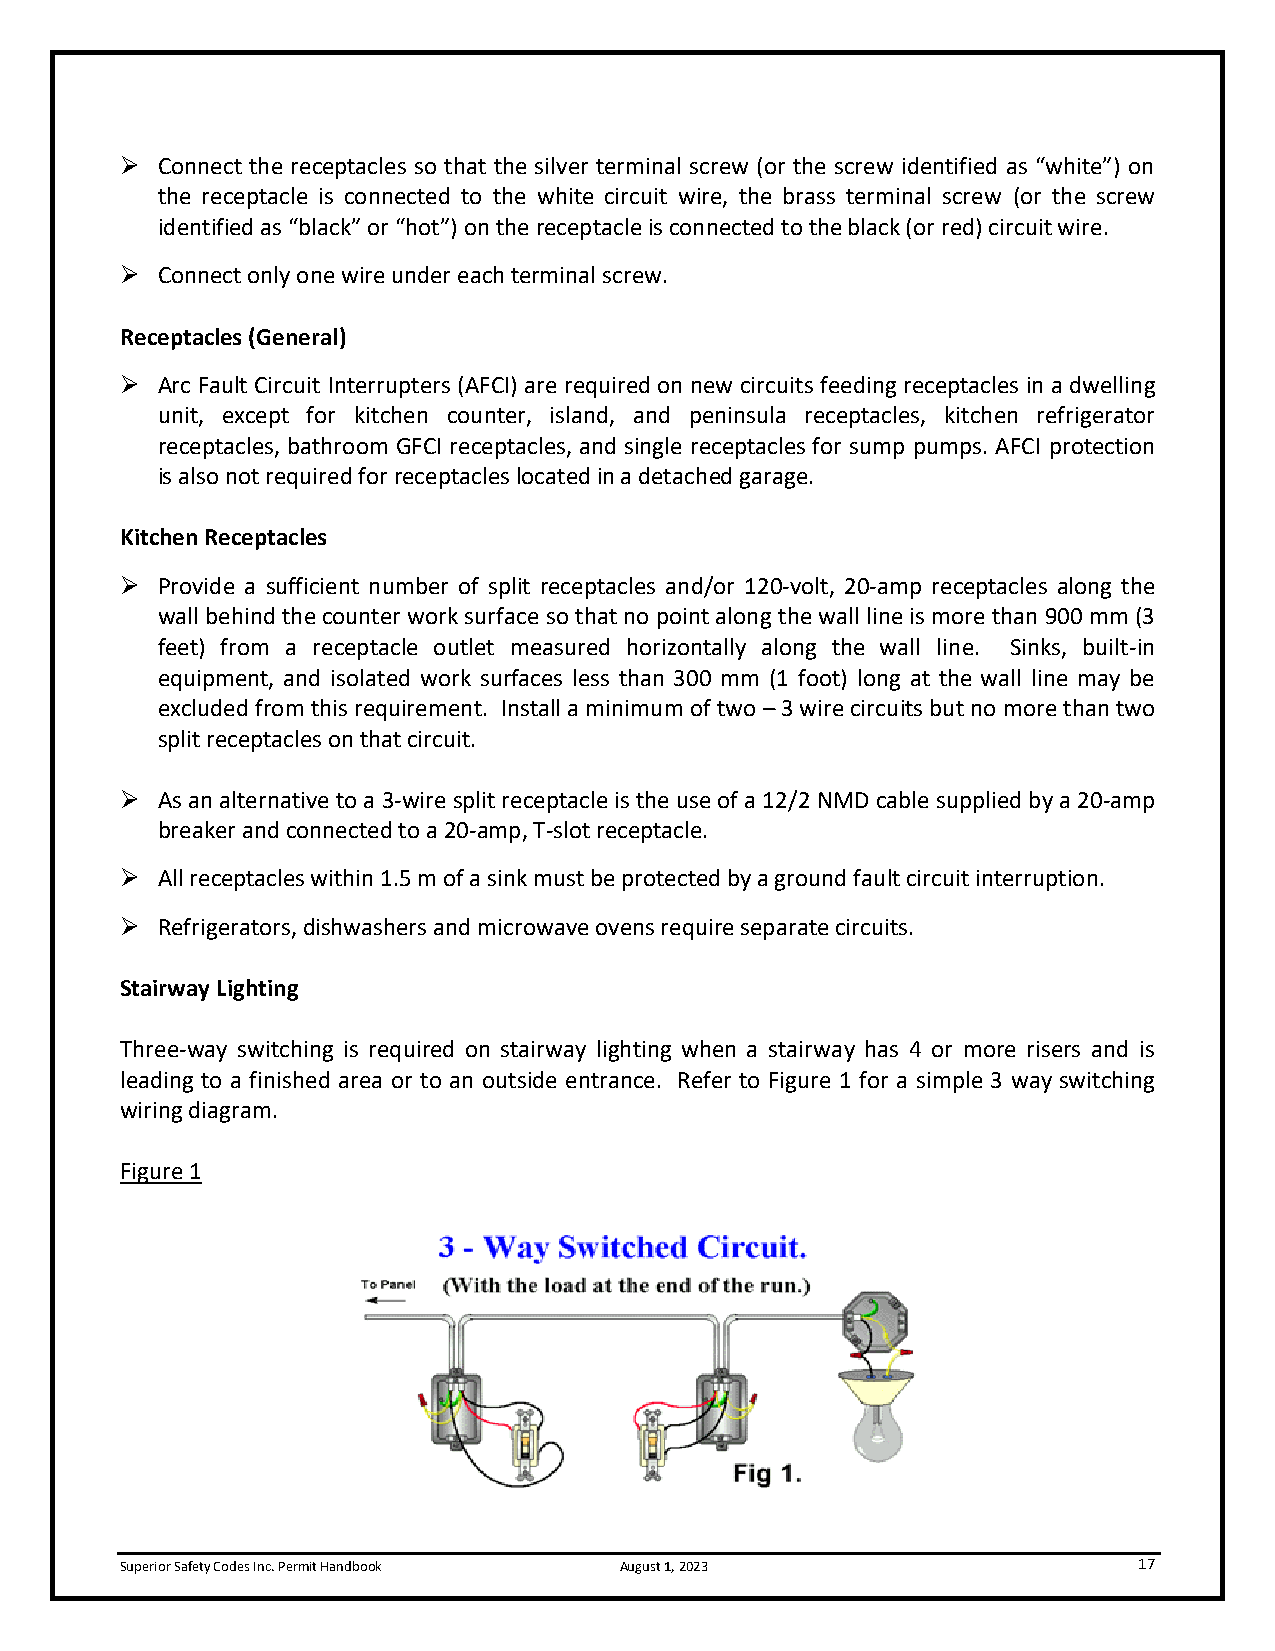
➢ Connect the receptacles so that the silver terminal screw (or the screw identified as “white”) on
 the receptacle is connected to the white circuit wire, the brass terminal screw (or the screw
 identified as “black” or “hot”) on the receptacle is connected to the black (or red) circuit wire.
 ➢ Connect only one wire under each terminal screw.
 Receptacles (General)
 ➢ Arc Fault Circuit Interrupters (AFCI) are required on new circuits feeding receptacles in a dwelling
 unit, except for kitchen counter, island, and peninsula receptacles, kitchen refrigerator
 receptacles, bathroom GFCI receptacles, and single receptacles for sump pumps. AFCI protection
 is also not required for receptacles located in a detached garage.
 Kitchen Receptacles
 ➢ Provide a sufficient number of split receptacles and/or 120-volt, 20-amp receptacles along the
 wall behind the counter work surface so that no point along the wall line is more than 900 mm (3
 feet) from a receptacle outlet measured horizontally along the wall line. Sinks, built-in
 equipment, and isolated work surfaces less than 300 mm (1 foot) long at the wall line may be
 excluded from this requirement. Install a minimum of two – 3 wire circuits but no more than two
 split receptacles on that circuit.
 ➢ As an alternative to a 3-wire split receptacle is the use of a 12/2 NMD cable supplied by a 20-amp
 breaker and connected to a 20-amp, T-slot receptacle.
 ➢ All receptacles within 1.5 m of a sink must be protected by a ground fault circuit interruption.
 ➢ Refrigerators, dishwashers and microwave ovens require separate circuits.
 Stairway Lighting
 Three-way switching is required on stairway lighting when a stairway has 4 or more risers and is
 leading to a finished area or to an outside entrance. Refer to Figure 1 for a simple 3 way switching
 wiring diagram.
 Figure 1
 Superior Safety Codes Inc. Permit Handbook August 1, 2023          17